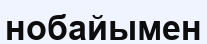
нобайымен